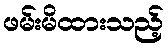
ဖမ်းမိထားသည့်